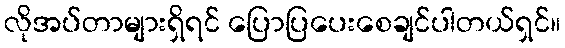
လိုအပ်တာများရှိရင် ပြောပြပေးစေချင်ပါတယ်ရှင်။